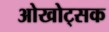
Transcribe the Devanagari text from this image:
ओखोट्सक